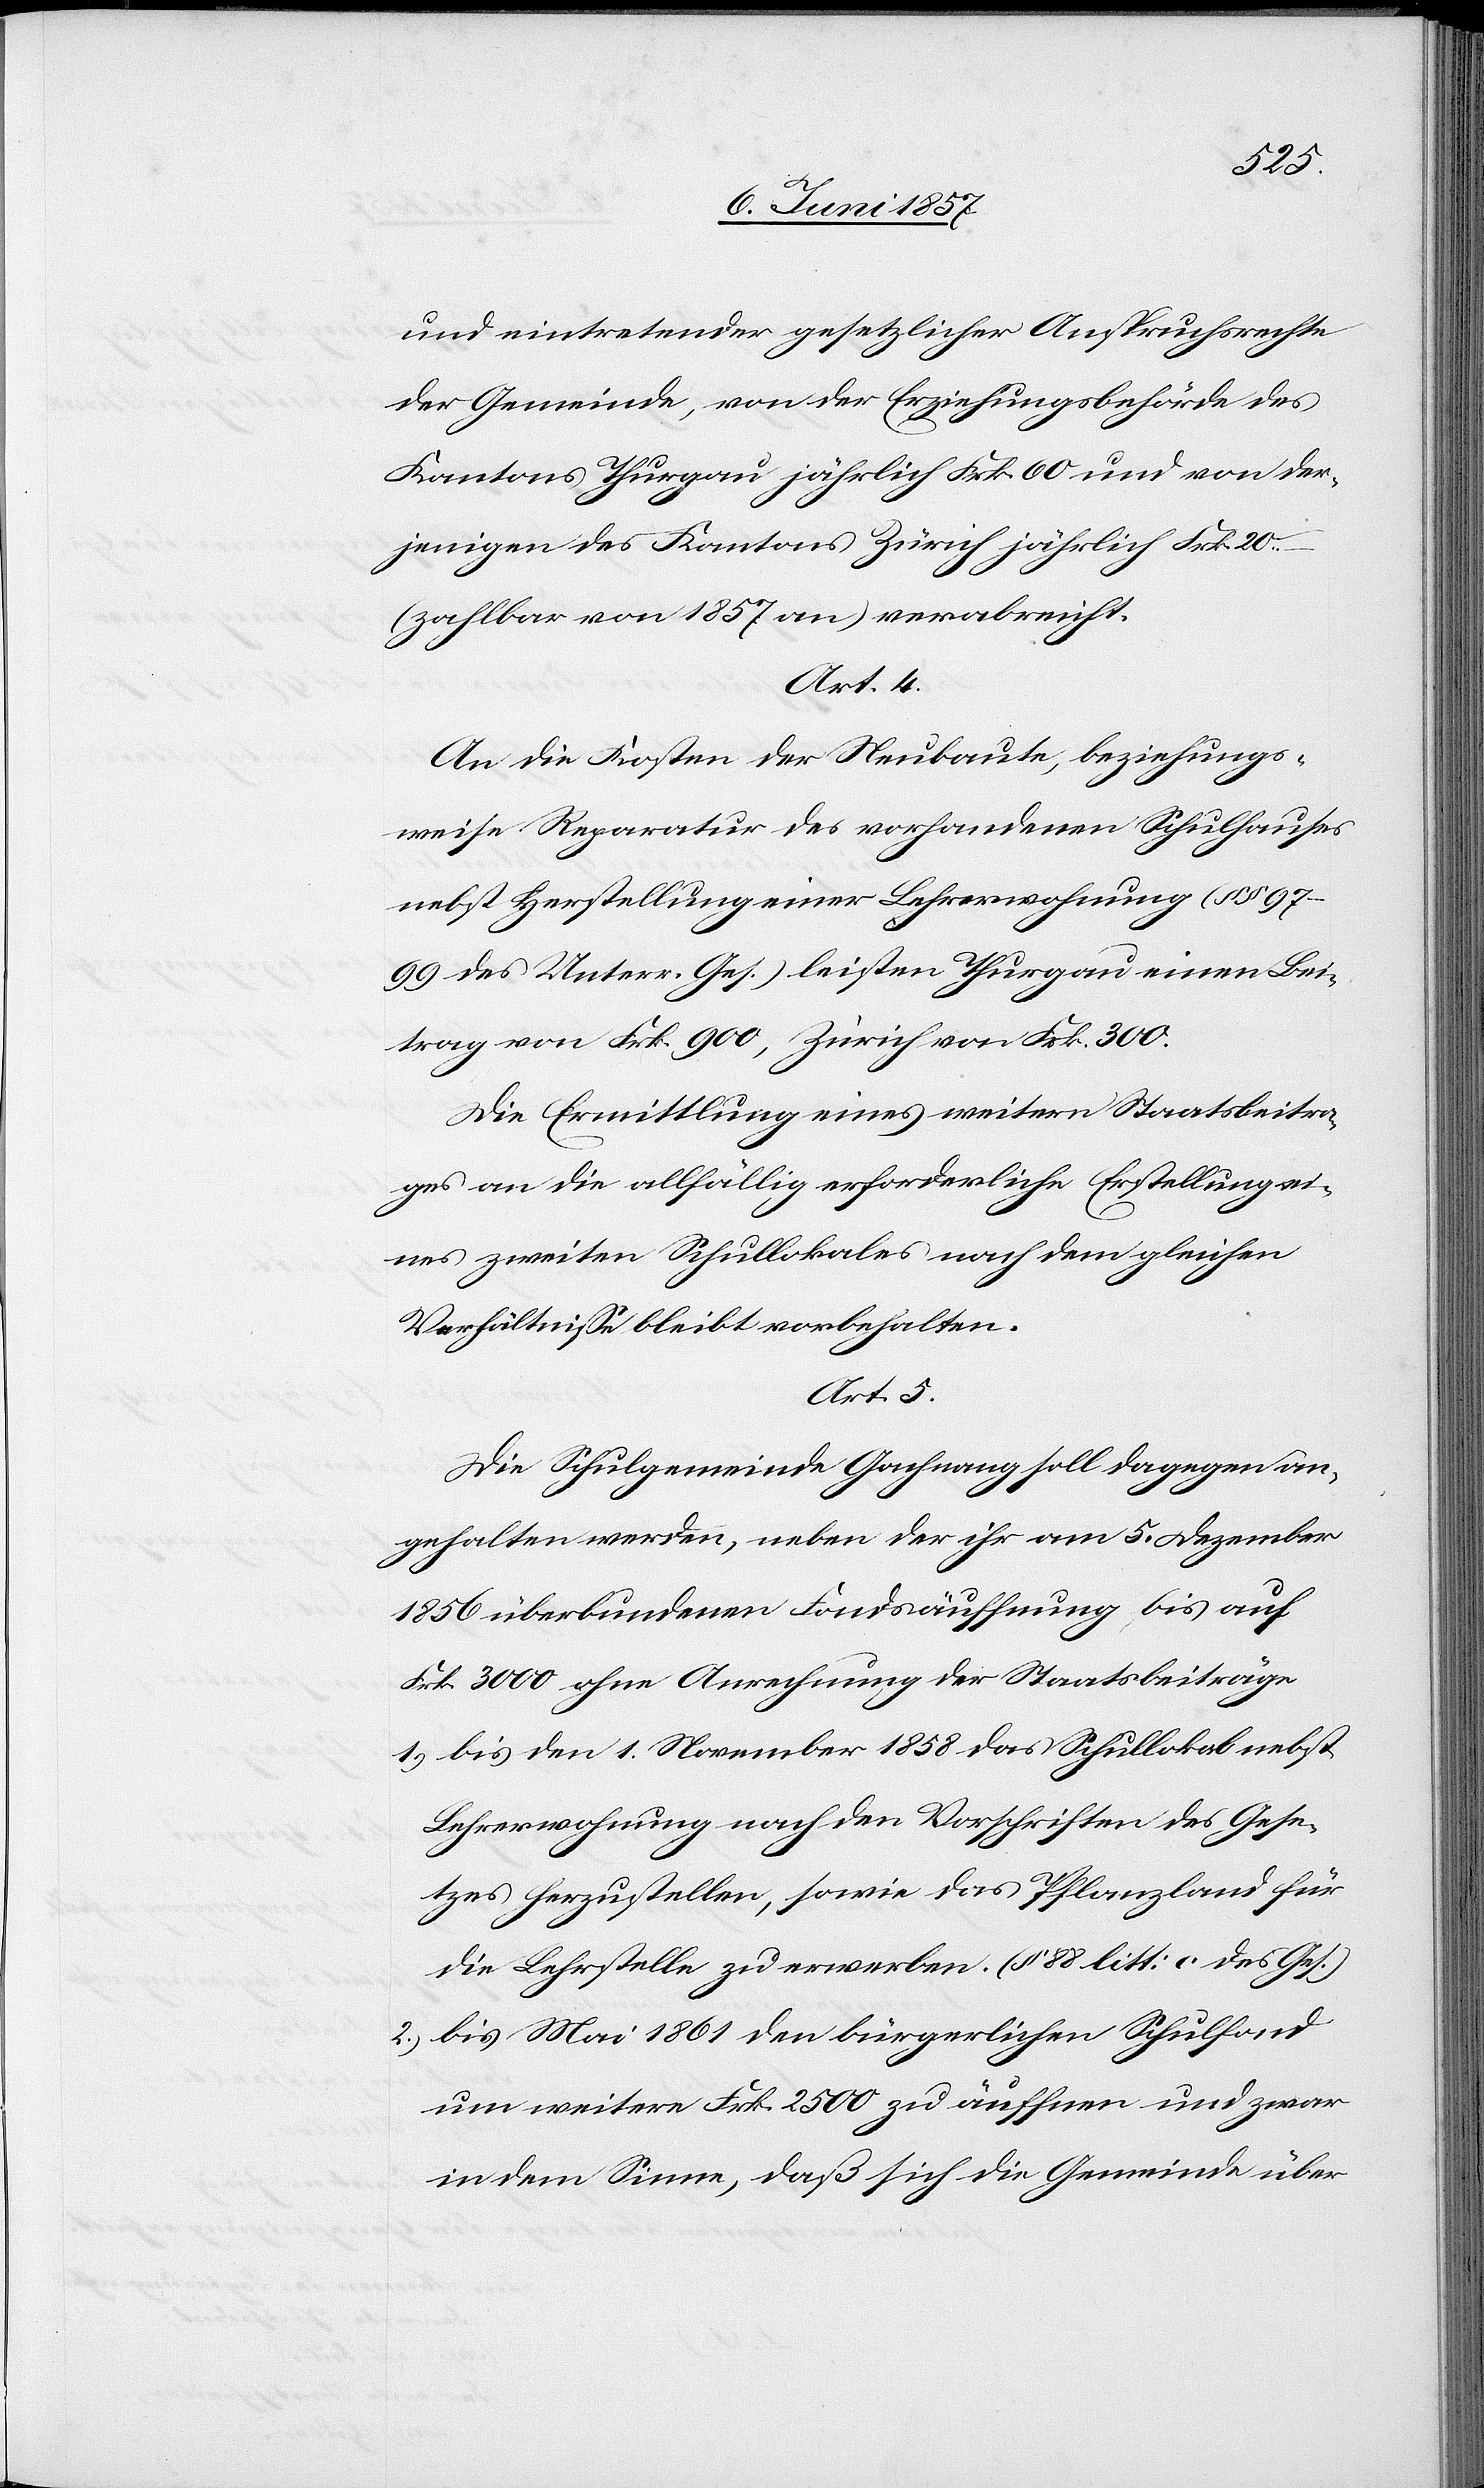
und eintretender gesetzlicher Anspruchsrechte
der Gemeinde, von der Erziehungsbehörde des
Kantons Thurgau jährlich Frk. 60 und von den¬
jenigen des Kantons Zürich jährlich Frk. 20
(zahlbar von 1857 an) verabreicht.
Art. 4
An die Kosten der Neubaute, beziehungs¬
weise Reparatur des vorhandenen Schulhauses
nebst Herstellung einer Lehrerwohnung (§§
97–99 des Unterr. Ges.) leisten Thurgau einen Bei¬
trag von Frk. 900, Zürich von Frk. 300.
Die Ermittlung eines weitern Staatsbeitra¬
ges an die allfällig erforderliche Erstellung ei¬
nes zweiten Schullokales nach dem gleichen
Verhältnisse bleibt erhalten.
Art. 5
Die Schulgemeinde Gachnang soll dagegen an¬
gehalten werden, neben der ihr am 5 Dezember
1856 überbundenen Fondsäuffnung bis auf
Frk. 3 000 ohne Anrechnung der Staatsbeiträge
1) bis den 1 November 1858 das Schullokal nebst
Lehrerwohnung nach den Vorschriften des Gese¬
tzes herzustellen, sowie das Pflanzland für
die Lehrstelle zu erwerben. (§ 88 litt: c des Ges.)
2.) bis Mai 1861 den bürgerlichen Schulfond
um weitere Frk. 2 500 zu äuffnen und zwar
in dem Sinne, daß sich die Gemeinde über